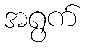
အရွက်